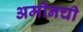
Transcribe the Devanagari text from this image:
अमीनची